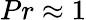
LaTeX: Pr\approx 1